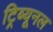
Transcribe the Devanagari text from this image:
ट्रिब्‍यूनल